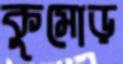
কুমোড়